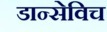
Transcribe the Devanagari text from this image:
डान्सेविच